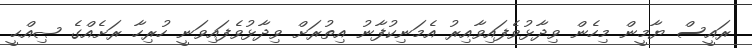
ރައީސް ޔާމީން މިހެން ވިދާޅުވެފައިވާއިރު އެމަނިކުފާނު އިތުރަށް ވިދާޅުވެފައިވަނީ ހުރިހާ ރަށެއްގެ ޞިއްޙީ